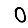
Digit: 0